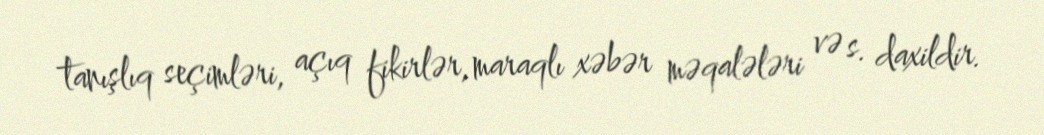
tanışlıq seçimləri, açıq fikirlər, maraqlı xəbər məqalələri və s. daxildir.